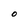
Character: O